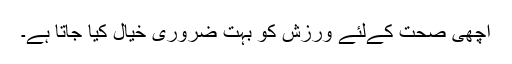
اچھی صحت کےلئے ورزش کو بہت ضروری خیال کیا جاتا ہے۔